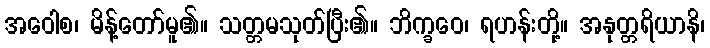
အဝေါစ၊ မိန့်တော်မူ၏။ သတ္တမသုတ်ပြီး၏။ ဘိက္ခဝေ၊ ရဟန်းတို့။ အနုတ္တရိယာနိ၊